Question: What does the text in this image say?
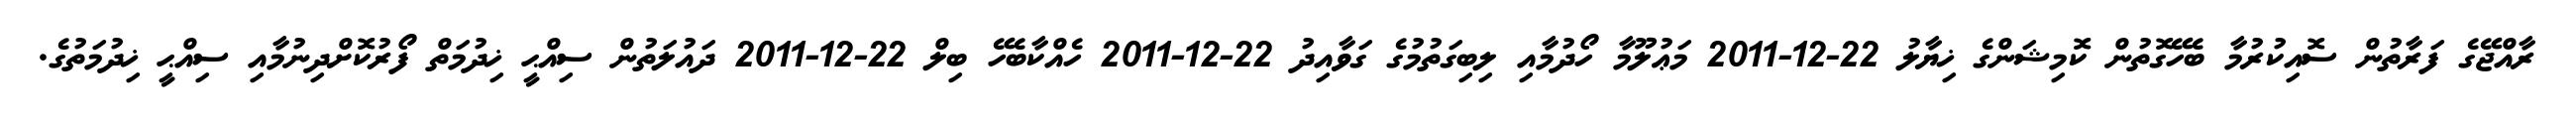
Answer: ރާއްޖޭގެ ފަރާތުން ސޮއިކުރުމާ ބެހޭގޮތުން ކޮމިޝަންގެ ޚިޔާލު 22-12-2011 މަޢުލޫމާ ހޯދުމާއި ލިބިގަތުމުގެ ގަވާއިދު 22-12-2011 ހެއްކާބެހޭ ބިލް 22-12-2011 ދައުލަތުން ސިއްޙީ ޚިދުމަތް ފޯރުކޮށްދިނުމާއި ސިއްޙީ ޚިދުމަތުގެ.